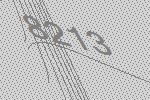
8213